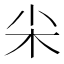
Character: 𡭢